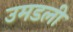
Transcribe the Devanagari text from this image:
उमडली